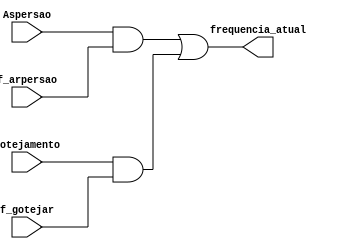
module mux_frequencia(f_gotejar, f_arpersao, Gotejamento, Aspersao, frequencia_atual);

	input Gotejamento, Aspersao, f_arpersao, f_gotejar;
	output frequencia_atual;

	
	and (s1, Aspersao, f_arpersao);
	and (s2, Gotejamento, f_gotejar);
	// and (s3,  asper_gote,f_caso_especifico); 
	
	or(frequencia_atual, s1, s2);
	
	
endmodule